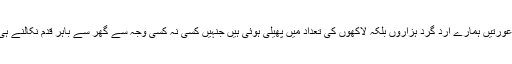
ایسی بری عورتیں ہمارے ارد گرد ہزاروں بلکہ لاکھوں کی تعداد میں پھیلی ہوئی ہیں جنہیں کسی نہ کسی وجہ سے گھر سے باہر قدم نکالنے ہی پڑے ہیں۔